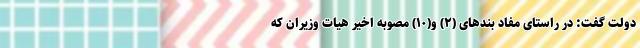
دولت گفت: در راستای مفاد بندهای (۲) و(۱۰) مصوبه اخیر هیات وزیران که